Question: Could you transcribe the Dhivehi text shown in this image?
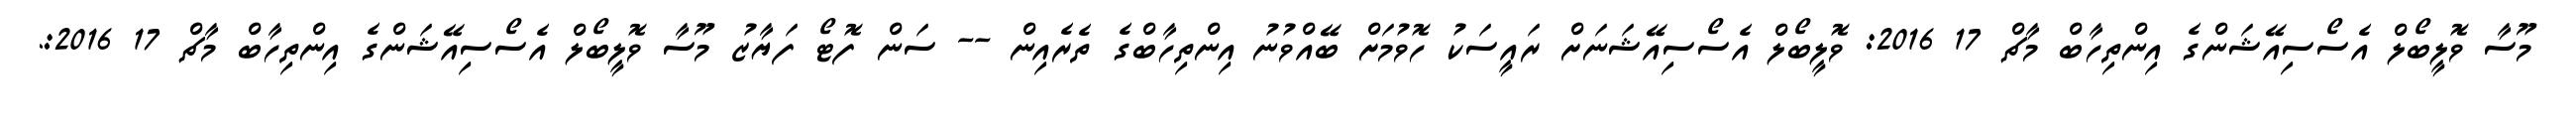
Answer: މޫސާ ވޮލީބޯލް އެސޯސިއޭޝަންގެ އިންތިހާބް މާޗް 17 2016: ވޮލީބޯލް އެސޯސިއޭޝަނަށް ރައީސަކު ހޮވުމަށް ބޭއްވުނު އިންތިހާބްގެ ތެރެއިން -- ސަން ފޮޓޯ ފަޔާޒު މޫސާ ވޮލީބޯލް އެސޯސިއޭޝަންގެ އިންތިހާބް މާޗް 17 2016:.